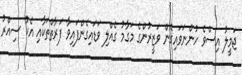
ޖަމީލު އިސްވެ ހުންނަވައިގެން ވަޒީރުންގެ މަގާމު ގެއްލި ވަޑައިގެންފައިވާ ފަރާތްތަކާއި އެކު ސިއްރު